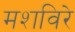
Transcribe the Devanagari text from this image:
मशविरे